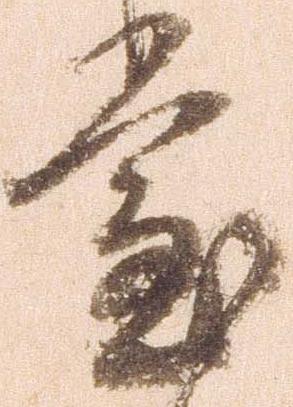
堂